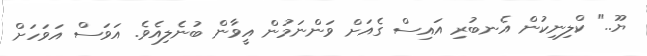
ޔޫ.." ކްލިނިކުން އެނބުރި އައިސް ގެއަށް ވަންނަމުން އީވާން ބުނެލިއެވެ. އަވަސް އަވަހަށް